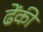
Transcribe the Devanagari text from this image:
ढेंकी